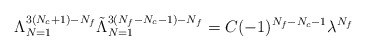
\begin{align*}\Lambda_{N=1}^{3(N_{c}+1)-N_{f}}\tilde{\Lambda}_{N=1}^{3(N_{f}-N_{c}-1)-N_{f}}= C (-1)^{N_{f}-N_{c}-1} \lambda^{N_{f}}\end{align*}